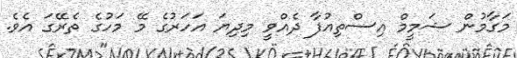
މަގާމުން ޝަމީމް އިސްތިއުފާ ދެއްވީ މިދިޔަ އަހަރުގެ މޭ މަހުގެ ތެރޭގަ އެވެ.